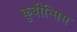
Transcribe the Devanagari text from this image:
कुबीन्सिस